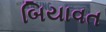
બિયાવત